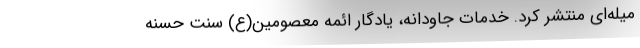
میله‌ای منتشر کرد. خدمات جاودانه، یادگار ائمه‌ معصومین(ع) سنّت حسنه